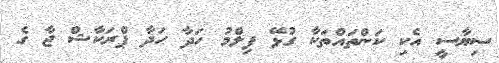
ސިޔާސީ އެކި ކަންތައްތަކާ ގުޅޭ ފިލްމު ހަދާ ހަދާ ޕްރަކާޝް ޖާ ގެ